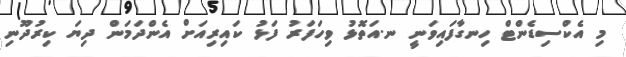
މި އެކްސިޑެންޓް ހިނގާފައިވަނީ ނ.އަތޮޅު ވިހަފަރު ފަޅު ކައިރިއަށް އެންދަމަން ދިޔަ ކިރުދޫނި